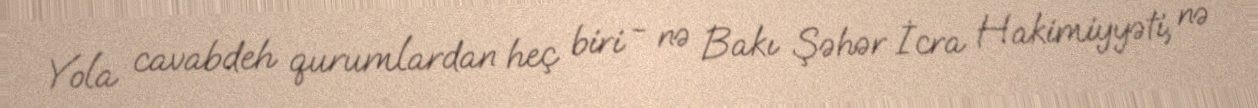
Yola cavabdeh qurumlardan heç biri - nə Bakı Şəhər İcra Hakimiyyəti, nə